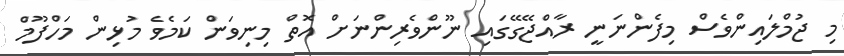
މި ޖުމްލައިންވެސް މިފެންނަނީ ރާއްޖޭގޭގައި ނޫންވެރިންނަށް އޮތް މިނިވަން ކަމެވެ މުޅިން މަހްފޫމް